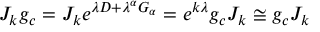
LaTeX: J _ { k } g _ { c } = J _ { k } e ^ { \lambda D + \lambda ^ { \alpha } G _ { \alpha } } = e ^ { k \lambda } g _ { c } J _ { k } \cong g _ { c } J _ { k }